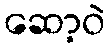
ဆော့ဝဲ